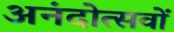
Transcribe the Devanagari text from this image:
अनंदोत्सवों